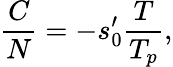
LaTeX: \begin{array}{ccc}{\displaystyle{\frac{C}{N}=-s_{0}^{\prime}\frac{T}{T_{p}},}}\end{array}